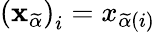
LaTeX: \left(\mathbf{x}_{\widetilde{\alpha}}\right)_{i}=x_{\widetilde{\alpha}\left(i\right)}